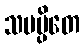
သမပ္ပိတေ